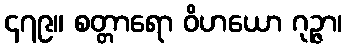
၄၇၉။ စတ္တာရော ဝိဟယော ဂုဉ္ဇာ၊